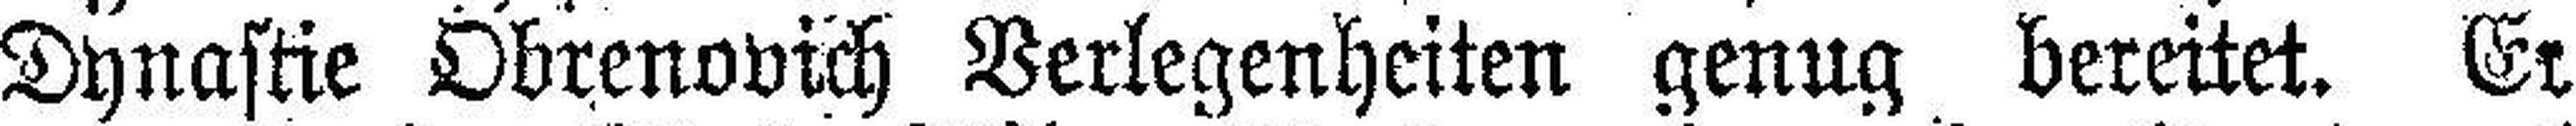
Dynastie Obrenovich Verlegenheiten genug bereitet. Er